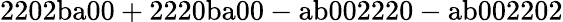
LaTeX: \mathrm{2202ba00+2220ba00-ab002220-ab002202}